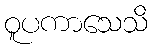
ဝူပကာသေသိ